Lock hospitals Punjab
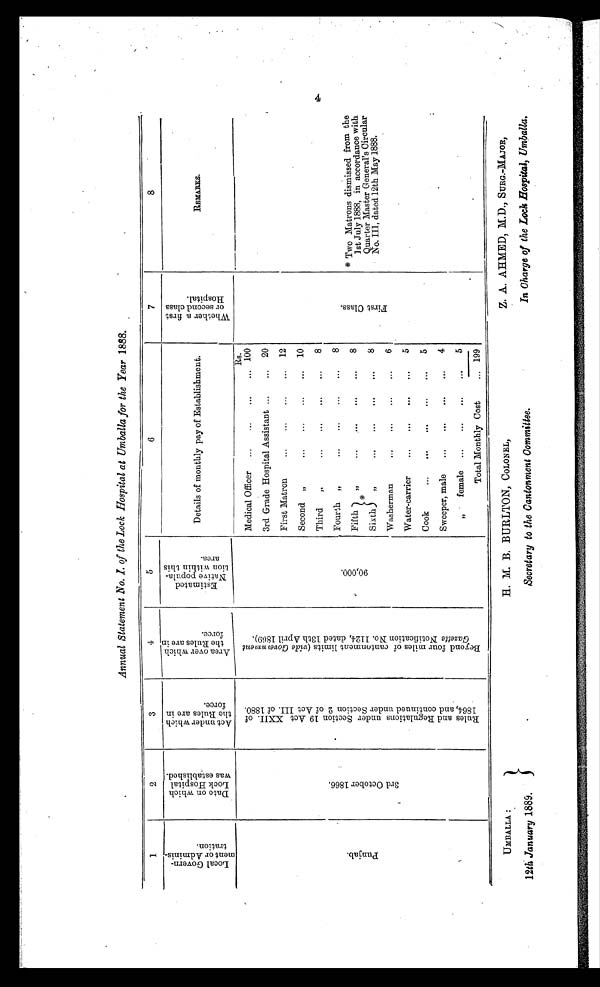
UMBALLA :
12th January 1889.
H. M. B. BURLTON, COLONEL,
Secretary to the Cantonment Committee.
Z. A. AHMED, M.D., SURG.-MAJOR,
In Charge of the Lock Hospital, Umballa.
Annual Statement No. I. of the Lock Hospital at Umballa for the Year 1888.
1
2
3
4
5
6
7
8
L o c a l G o v e r n m e n t o r A d m i n i s t r a t i o n .
D a t e o n w h i c h L o c k H o s p i t a l w a s e s t a b l i s h e d .
A c t u n d e r w h i c h t h e R u l e s a r e i n f o r c e .
A r e a o v e r w h i c h t h e R u l e s a r e i n f o r c e .
E s t i m a t e d N a t i v e p o p u l a t i o n w i t h i n t h i s a r e a .
Details of monthly pay of Establishment.
W h e t h e r a f i r s t o r s e c o n d c l a s s H o s p i t a l .
REMARKS.
P u n j a b .
3 r d O c t o b e r 1 8 6 6 .
R u l e s a n d R e g u l a t i o n u n d e r S e c t i o n 1 9 A c t X X I I . o f 1 8 6 4 , a n d c o n t i n u e d u n d e r S e c t i o n 2 o f A c t I I I . o f 1 8 8 0 .
B e y o n d f o u r m i l e s o f c a n t o n m e n t l i m i t s ( v i d e G o v e r n m e n t G a z e t t e N o t i f i c a t i o n N o . 1 1 2 4 , d a t e d 1 3 t h A p r i l 1 8 6 9 ) .
9 0 , 0 0 0 .
Rs.
F i r s t C l a s s .
* Two Matrons dismissed from the
1st July 1888, in accordance with
Quarter Master General's Circular
No. III, dated 12th May 1888.
Medical Officer ...
...
... ...
100
.
3rd Grade Hospital Assistant ...
. . . 20
First Matron ... ...
. . . ... 12
Second " . . . ...
...
... 10
Third
"
. . . . . .
...
...
8
Fourth „
...
...
. . .
.. .
8
Fifth
"
. . . . ..
*
. . .
.. .
8
Sixth
"
...
..
...
...
8
Washerman
.. . ...
...
...
6
Water-carrier
...
...
...
...
5
Cook
...
...
. . .
...
5
Sweeper, male
... ...
. . . . .
...
4
" f e m a l e . . . . . . . . .
. . .
5
Total Monthly Cost
... 199